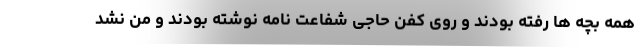
همه بچه ها رفته بودند و روی کفن حاجی شفاعت نامه نوشته بودند و من نشد